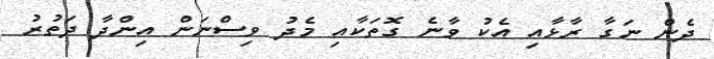
ދެން ނަގާ ރާޅާއި އެކު ވާނެ ގޮތަކާއި މެދު ވިސްނަން އިންދާ ދަތުރު